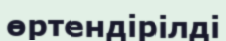
өртендірілді